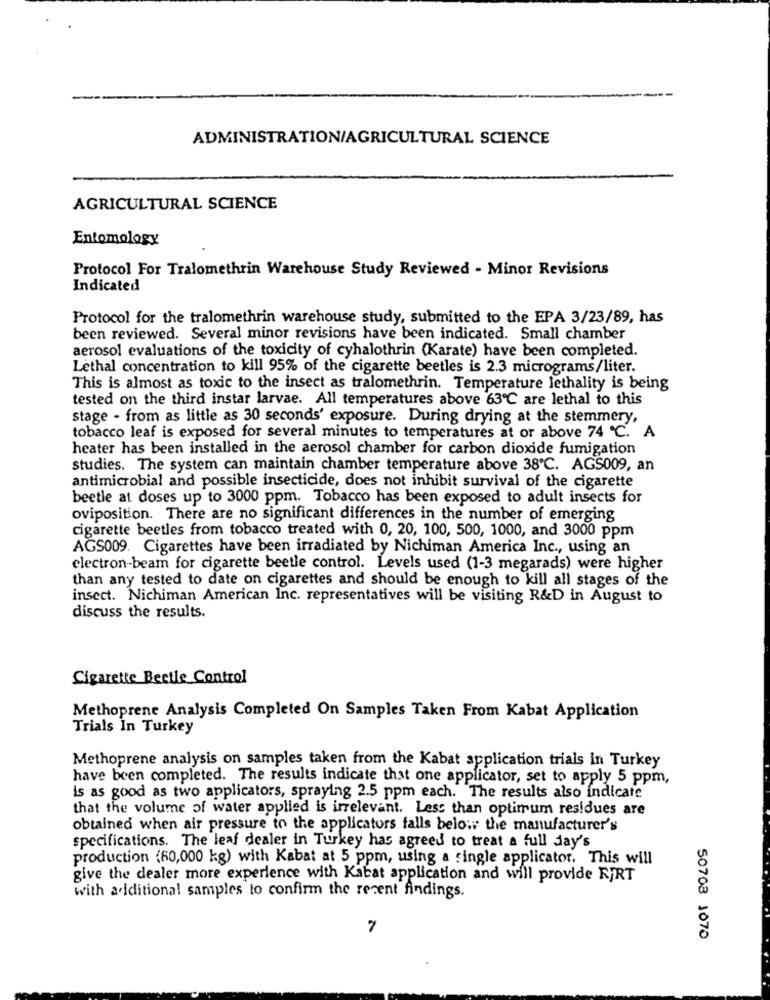
ADMINISTRATION/AGRICULTURAL SCIENCE
AGRICULTURAL SCIENCE
Entomology
Protocol For Tralomethrin Warehouse Study Reviewed - Minor Revisions
Indicated
Protocol for the tralomethrin warehouse study, submitted to the EPA 3/23/89, has
been reviewed. Several minor revisions have been indicated. Small chamber
aerosol evaluations of the toxicity of cyhalothrin (Karate) have been completed.
Lethal concentration to kill 95% of the cigarette beetles is 2.3 micrograms/liter.
This is almost as toxic to the insect as tralomethrin. Temperature lethality is being
tested on the third instar larvae. All temperatures above 63℃ are lethal to this
stage - from as little as 30 seconds' exposure. During drying at the stemmery,
tobacco leaf is exposed for several minutes to temperatures at or above 74 ℃. A
heater has been installed in the aerosol chamber for carbon dioxide fumigation
studies. The system can maintain chamber temperature above 38℃. AGS009, an
antimicrobial and possible insecticide, does not inhibit survival of the cigarette
beetle at doses up to 3000 ppm. Tobacco has been exposed to adult insects for
oviposition. There are no significant differences in the number of emerging
cigarette beetles from tobacco treated with 0, 20, 100, 500, 1000, and 3000 ppm
AGS009. Cigarettes have been irradiated by Nichiman America Inc ., using an
electron-beam for cigarette beetle control. Levels used (1-3 megarads) were higher
than any tested to date on cigarettes and should be enough to kill all stages of the
insect. Nichiman American Inc. representatives will be visiting R&D in August to
discuss the results.
Cigarette Beetle Control
Methoprene Analysis Completed On Samples Taken From Kabat Application
Trials In Turkey
Methoprene analysis on samples taken from the Kabat application trials in Turkey
have been completed. The results indicate that one applicator, set to apply 5 ppm,
is as good as two applicators, spraying 2.5 ppm each. The results also indicate
that the volume of water applied is irrelevant. Less than optimum residues are
obtained when air pressure to the applicators falls below the manufacturer's
specifications. The leaf dealer in Turkey has agreed to treat a full day's
production (60,000 kg) with Kabat at 5 ppm, using a single applicator. This will
give the dealer more experience with Kabat application and will provide RiRT
with additional samples to confirm the recent findings.
7
50708 1070